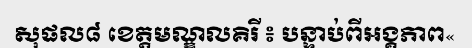
សុផល៨ ខេត្តមណ្ឌលគិរី ៖ បន្ទាប់ពីអង្គភាព«